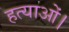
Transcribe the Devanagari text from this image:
हत्याओं।